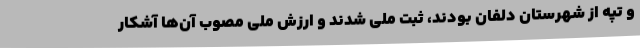
و تپه از شهرستان دلفان بودند، ثبت ملی شدند و ارزش ملی مصوب آن‌ها آشکار